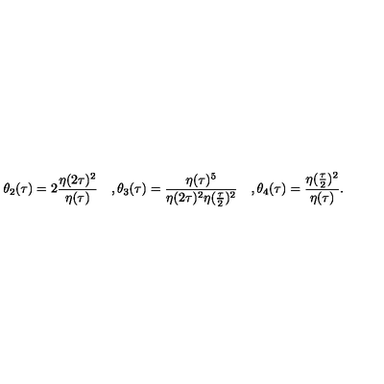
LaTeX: \theta _ { 2 } ( \tau ) = 2 { \frac { \eta ( 2 \tau ) ^ { 2 } } { \eta ( \tau ) } } \quad , \theta _ { 3 } ( \tau ) = { \frac { \eta ( \tau ) ^ { 5 } } { \eta ( 2 \tau ) ^ { 2 } \eta ( { \frac { \tau } { 2 } } ) ^ { 2 } } } \quad , \theta _ { 4 } ( \tau ) = { \frac { \eta ( { \frac { \tau } { 2 } } ) ^ { 2 } } { \eta ( \tau ) } } .